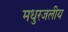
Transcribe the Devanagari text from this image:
मधुरजलीय